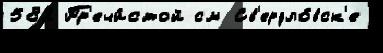
582 Пр'ечи́стой см Св'ердло́вск'е